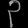
Digit: ၃